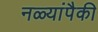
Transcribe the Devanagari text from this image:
नळ्यांपैकी